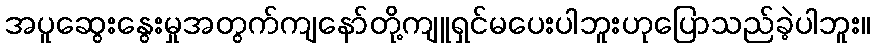
အပူဆွေးနွေးမှုအတွက်ကျနော်တို့ကျူရှင်မပေးပါဘူးဟုပြောသည်ခဲ့ပါဘူး။